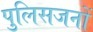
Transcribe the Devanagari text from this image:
पुलिसजनों